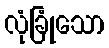
လုံခြုံသော